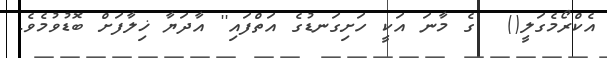
އެކްރޯމެގަލީ()  ގެ މާނަ އަކީ ހަށިގަނޑުގެ އަތްފައި'' އާދަޔާ ޚިލާފަށް ބޮޑުވުމެވެ.